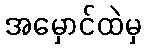
အမှောင်ထဲမှ